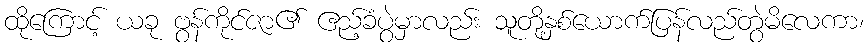
ထိုကြောင့် ယခု ဗွန်ကိုင်ဇာ၏ ဧည့်ခံပွဲမှာလည်း သူတို့နှစ်ယောက်ပြန်လည်တွဲမိလေကာ၊